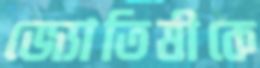
জ্যোতিষীকে